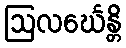
ဩလင်္ဃေန္တိ